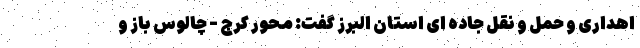
اهداری و حمل و نقل جاده ای استان البرز گفت: محور کرج - چالوس باز و